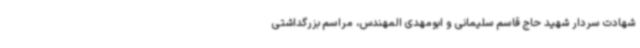
شهادت سردار شهید حاج قاسم سلیمانی و ابومهدی المهندس، مراسم بزرگداشتی